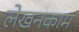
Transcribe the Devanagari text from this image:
लेखनकाम